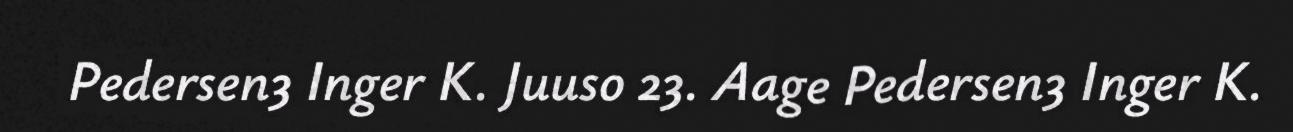
Pedersen3 Inger K. Juuso 23. Aage Pedersen3 Inger K.